Annual statistical returns and brief notes on vaccination in Bengal - 1887-1898
Year: 1887
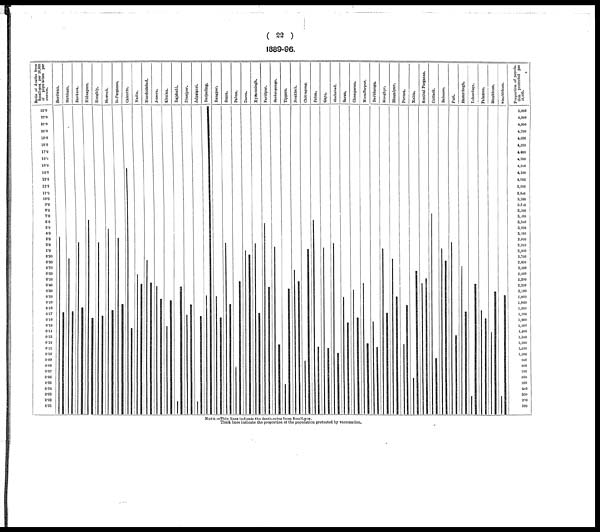
( 22 )
1889-96.
NOTE.—Thin lines indicate the death-rates from Small-pox.
Thick lines indicate the proportion of the population protected by vaccination.